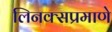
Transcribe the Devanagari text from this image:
लिनक्सप्रमाणे